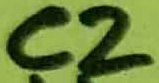
Text: C2